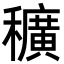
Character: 穬